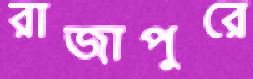
রাজাপুরে